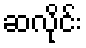
ဆလိုင်း